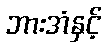
ဘားအံနှင့်